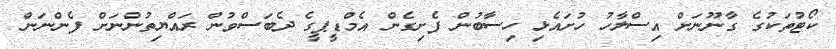
ކޯޓުތަކުގެ ގާނޫނަށް އިސްލާހު ހުށައެޅި ހިސާބުން ފެށިގެން އެމްޑީޕީގެ ދެބަސްވުން ރައްޔިތުންނަށް ފެންނަން